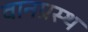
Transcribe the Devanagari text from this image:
वानप्रस्‍थ